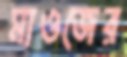
মাওজের